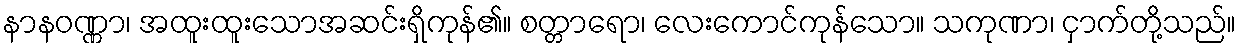
နာနဝဏ္ဏာ၊ အထူးထူးသောအဆင်းရှိကုန်၏။ စတ္တာရော၊ လေးကောင်ကုန်သော။ သကုဏာ၊ ငှာက်တို့သည်။